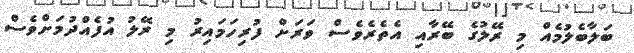
ބަލާބެލުމެއް މި ރޭލުގެ ބޭރާއި އެތެރެވެސް ވަރަށް ފުރިހަމައިރު މި ރޭލު އުފެއްދުމަށްވެސް